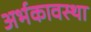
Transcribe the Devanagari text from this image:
अर्भकावस्था